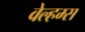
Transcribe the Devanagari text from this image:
वेल्हम्स